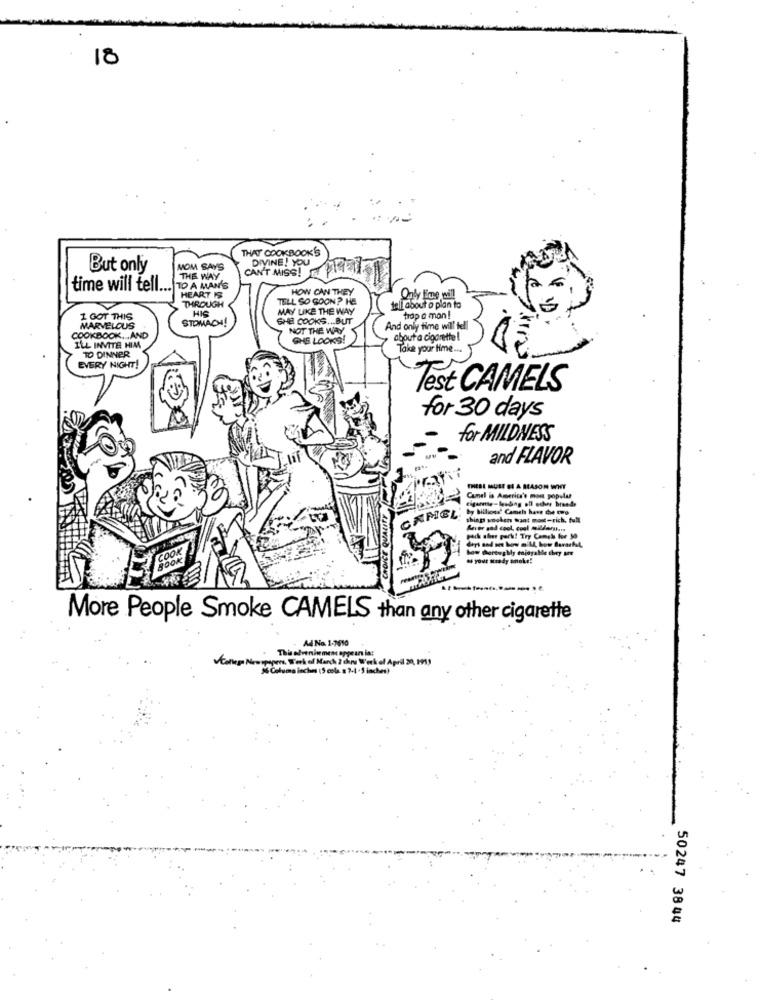
18
THAT COOKBOOK'S
DIVINE! YOU
But only
MOM SAYS
CAN'T MISS!
THE WAY
time will tell ...
TO A MAN'S
HOW CAN THEY
HEART IS
THROUGH
TELL SO GOON? HE
HIS
MAY LIKE THE WAY
tell about a plan to
1 GOT THIS
STOMACH!
SHE COOKS ... BUT
trop a mon !
MARVELOUS
NOT THE WAY
And only time will
COOKBOOK, AND
QHE LOOKS!
about a cigarette !
ILL INVITE HIM
Take your time ...
TO DINNER
EVERY NIGHT!
Test CAMELS
for 30 days
for MILDNESS
and FLAVOR
CHOICE QUALITY
THERE MUST BE A REASON WHY
Canel is America's most popular
Figurese -leading off echer brands
by billions' Camch have die two
CAMEL
thing wookch want most-rich, full
pack alier pork! Try Camel toe 30
# your Hrady anoke!
More People Smoke CAMELS than any other cigarette
Ad No. 1-2010
This advniemen appear in:
Collega Newspapers, Werk of March 2 dans Work of April 20, 191,
6 Calums inches (S colas 7-4.5 inches)
50247 3844